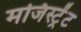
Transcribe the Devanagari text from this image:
मजिस्ट्रेंट